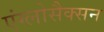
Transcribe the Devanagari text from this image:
एंग्लोसैक्सन